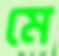
মে